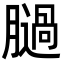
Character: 膼